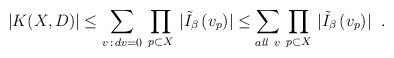
\begin{align*}\left. |K(X,D)| \leq \sum_{v \,: \, dv=0} \, \prod_{p \subset X}\, | \tilde{I}_{\beta} \, (v_{p}) | \leq \sum_{ all \ v} \,\prod_{p \subset X} \, | \tilde{I}_{\beta} \, (v_{p}) | \right. \ .\end{align*}